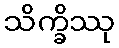
သိက္ခိဿု